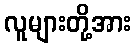
လူများတို့အား